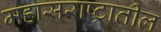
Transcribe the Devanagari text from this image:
महासराष्ट्रातील